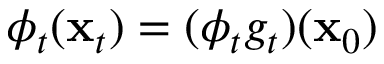
\phi _ { t } ( { \mathbf { x } } _ { t } ) = ( \phi _ { t } g _ { t } ) ( { \mathbf { x } } _ { 0 } )